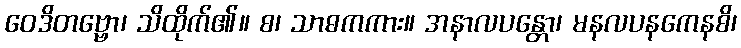
ဝေဒိတဗ္ဗော၊ သိထိုက်၏။ စ၊ သာဓကကား။ အနာလပန္တော၊ မနလပနကေနစိ၊